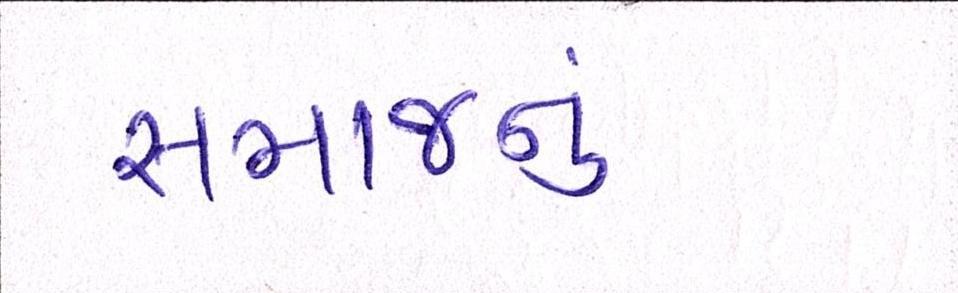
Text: સમાજનું